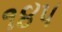
૧૪૫